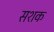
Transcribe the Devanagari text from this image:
सशक